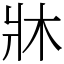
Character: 牀